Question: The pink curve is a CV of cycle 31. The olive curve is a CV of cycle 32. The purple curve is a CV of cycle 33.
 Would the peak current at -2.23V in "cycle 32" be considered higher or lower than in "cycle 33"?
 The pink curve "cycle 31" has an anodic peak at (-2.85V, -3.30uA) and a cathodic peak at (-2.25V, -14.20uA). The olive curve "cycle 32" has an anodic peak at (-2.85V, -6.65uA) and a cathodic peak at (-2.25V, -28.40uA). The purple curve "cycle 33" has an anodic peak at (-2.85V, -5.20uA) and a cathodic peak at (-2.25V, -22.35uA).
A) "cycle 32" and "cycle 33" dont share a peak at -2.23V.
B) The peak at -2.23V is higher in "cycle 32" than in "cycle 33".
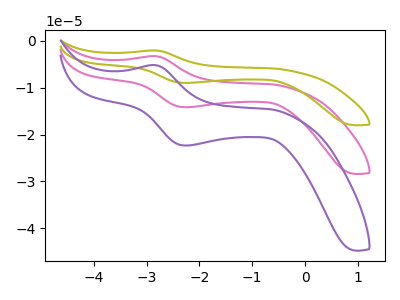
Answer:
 <answer>B) The peak at -2.23V is higher in "cycle 32" than in "cycle 33".</answer>
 <eval>B</eval>